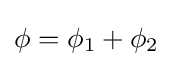
\phi =\phi _{1}+\phi _{2}